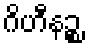
ဂိဟီနဉ္စ